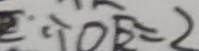
\because D E = 2